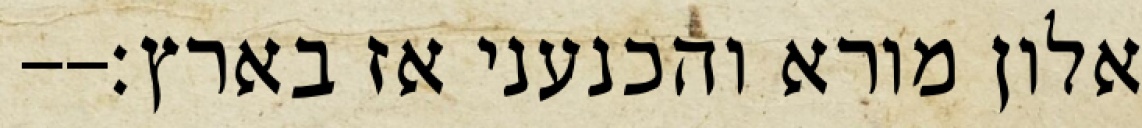
אלון מורא והכנעני אז בארץ׃--